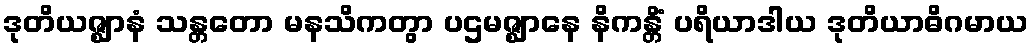
ဒုတိယဇ္ဈာနံ သန္တတော မနသိကတွာ ပဌမဇ္ဈာနေ နိကန္တိံ ပရိယာဒါယ ဒုတိယာဓိဂမာယ